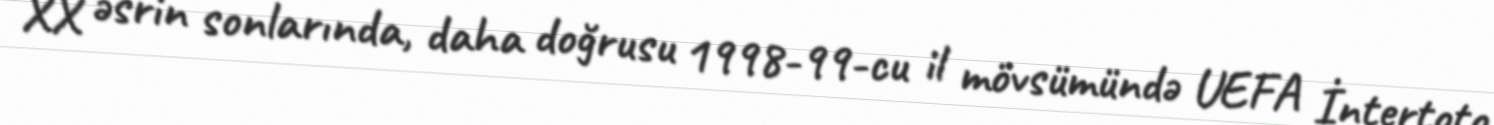
XX əsrin sonlarında, daha doğrusu 1998-99-cu il mövsümündə UEFA İntertoto